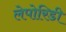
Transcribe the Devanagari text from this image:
लेपोरिडी